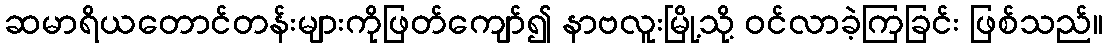
ဆမာရိယတောင်တန်းများကိုဖြတ်ကျော်၍ နာဗလူးမြို့သို့ ဝင်လာခဲ့ကြခြင်း ဖြစ်သည်။